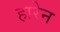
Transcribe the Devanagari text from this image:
हारेन